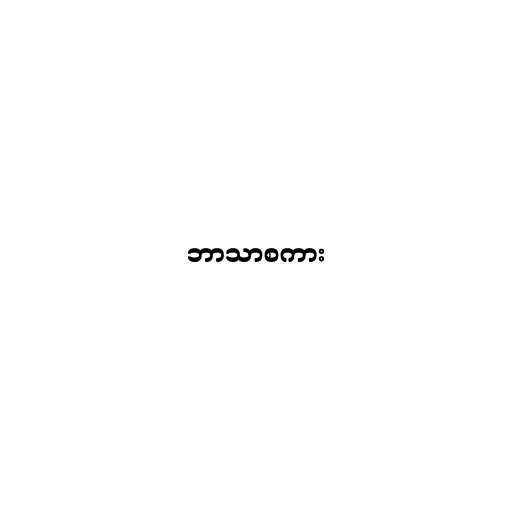
ဘာသာစကား